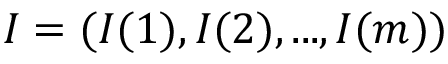
I = ( I ( 1 ) , I ( 2 ) , . . . , I ( m ) )